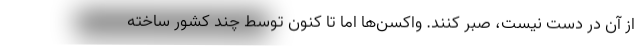
از آن در دست نیست، صبر کنند. واکسن‌ها اما تا کنون توسط چند کشور ساخته